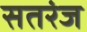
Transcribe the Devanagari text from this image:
सतरंज